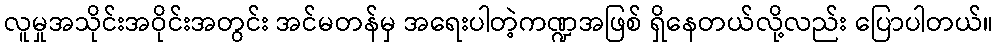
လူမှုအသိုင်းအဝိုင်းအတွင်း အင်မတန်မှ အရေးပါတဲ့ကဏ္ဍအဖြစ် ရှိနေတယ်လို့လည်း ပြောပါတယ်။